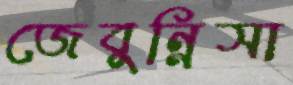
জেবুন্নিসা